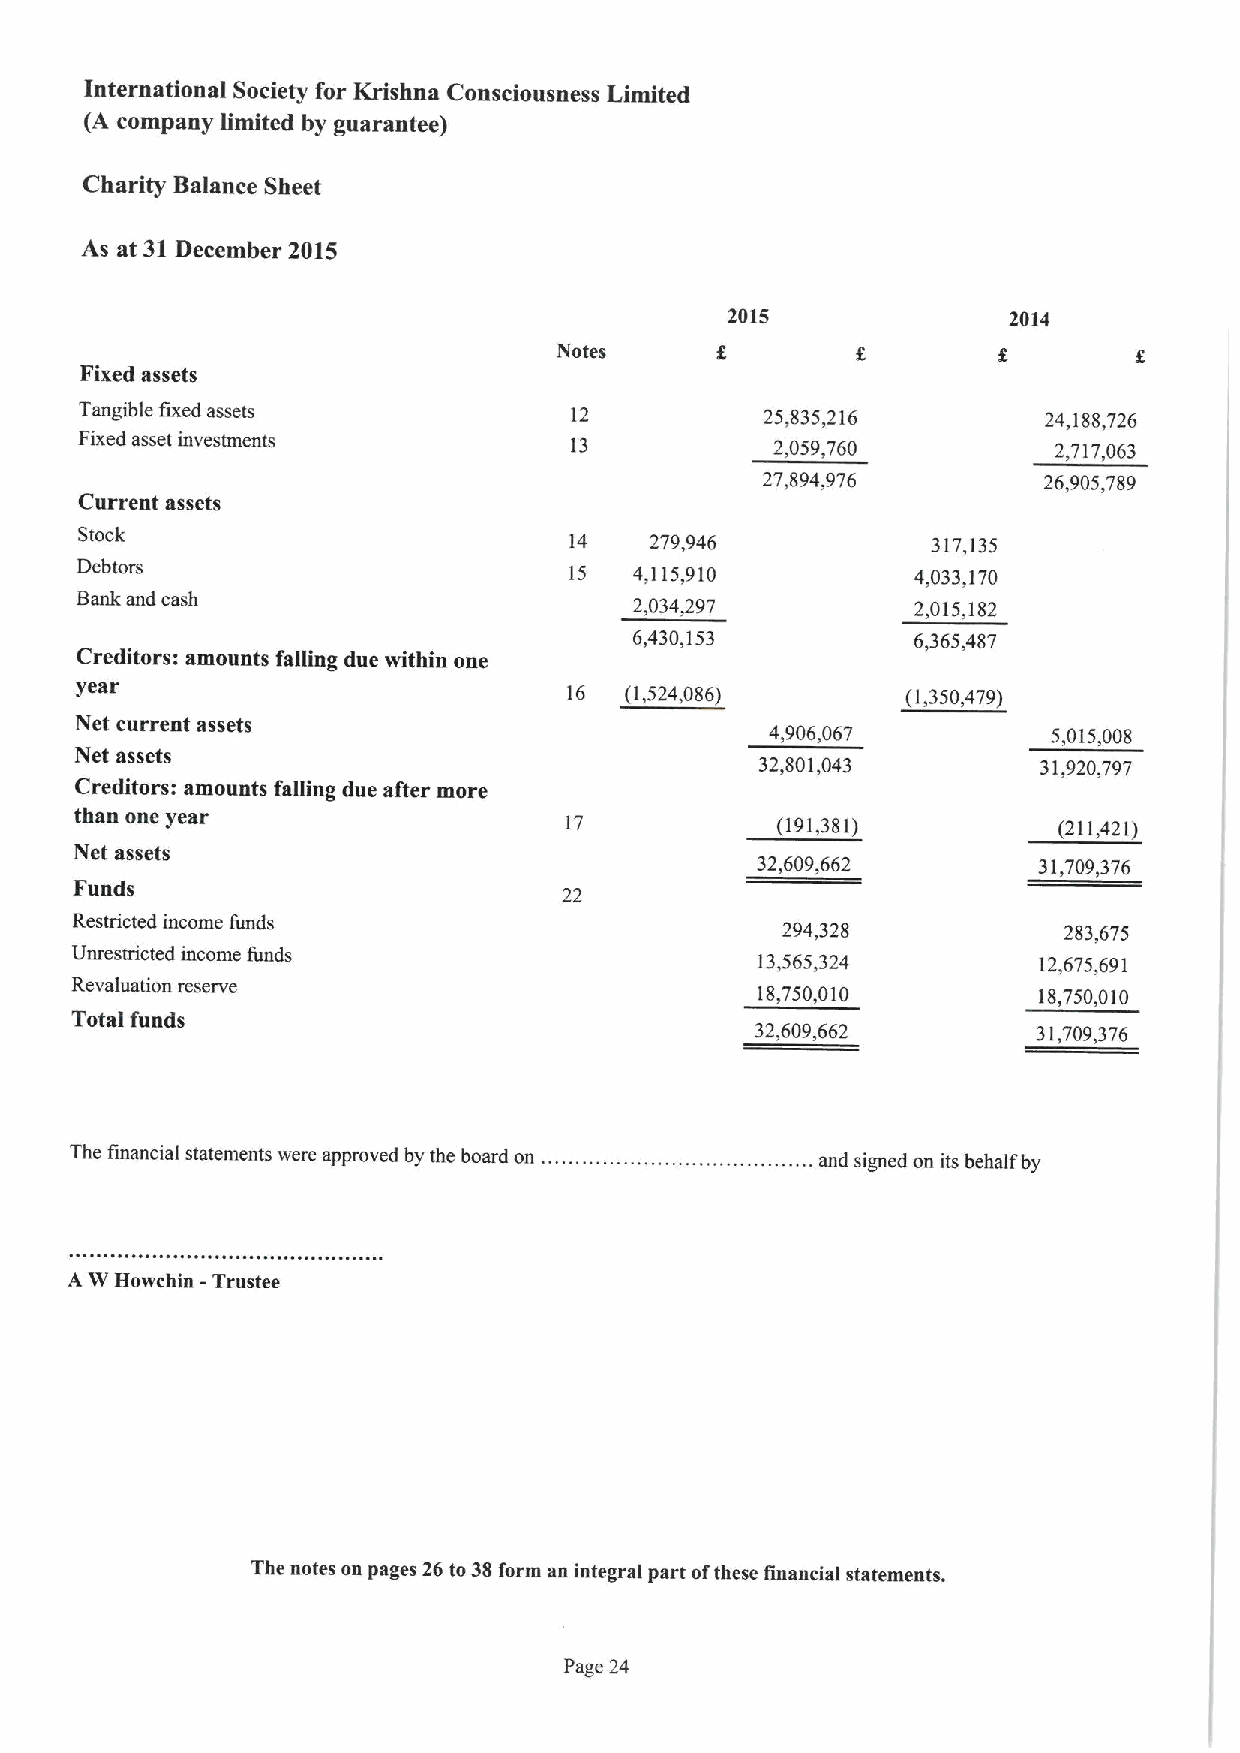
International Society for Krishna Consciousness Limited
 (A company limited by guarantee)
 Charity Balance Sheet
 As at 31December 2015
 2015               2014
 Notes
 Fixed assets
 Tangible fixed assets            12           25,835,216        24,188,726
 Fixed asset investments          13           2,059,760          2,717,063
 27,894,976         26,905,789
 Current assets
 Stock
 14   279,946            317,135
 Debtors                          15  4,115,910          4,033,170
 Bank and cash                        2,034,297         2,015,182
 6,430,153         6,365,487
 Creditors: amounts falling due within one
 year
 16 (1,524,086)        (1,350,479)
 Net current assets
 4,906,067          5,015,008
 Net assets
 32,801,043         31,920,797
 Creditors: amounts falling due after more
 than one year
 17            (191,381)          (211,421)
 Net assets
 32,609,662         31,709,376
 Funds
 22
 Restricted income funds                        294,328           283,675
 Unrestricted income funds                    13,565,324         12,675,691
 Revaluation reserve
 18,750,010         18,750,010
 Total funds
 32,609,662         31,709,376
 The financial statements were approved by the board on . .. and signed on its behalf by
 A W Howchin - Trustee
 The notes on pages 26 to38form an integral part ofthese financial statements.
 Page 24